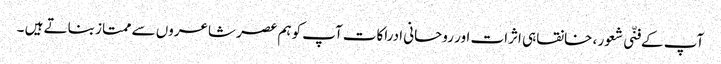
آپ کے فنّی شعور ، خانقاہی اثرات اور روحانی ادراکات آپ کوہم عصر شاعروں سے ممتاز بناتے ہیں ۔